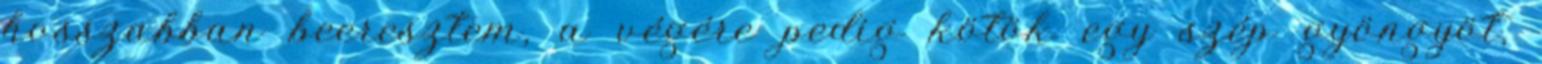
hosszabban beeresztem, a végére pedig kötök egy szép gyöngyöt,